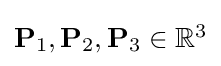
{\textstyle \mathbf {P} _{1},\mathbf {P} _{2},\mathbf {P} _{3}\in \mathbb {R} ^{3}}